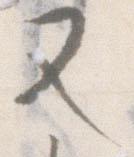
又